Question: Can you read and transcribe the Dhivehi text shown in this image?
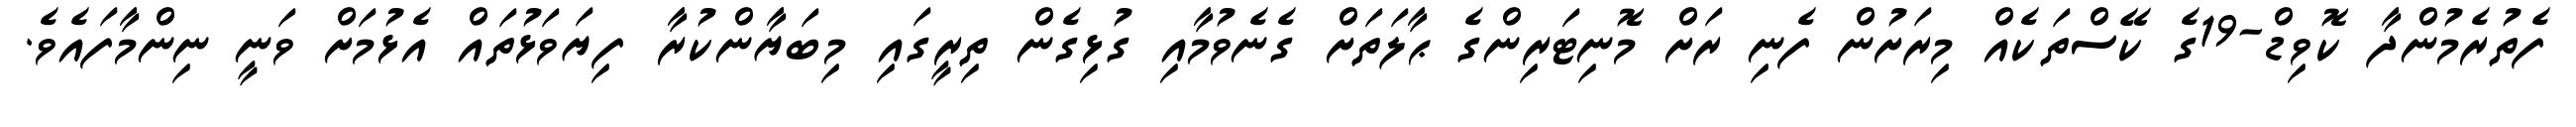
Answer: ފެތުރެމުންދާ ކޮވިޑް-19ގެ ކޭސްތަކެއް މިރަށުން ފެނި ރަށް މޮނިޓަރިންގެ ޙާލަތަށް ގެނެވުމާއި ގުޅިގެން ތިރީގައި މިބަޔާންކުރާ ފިޔަވަޅުތައް އެޅުމަށް ވަނީ ނިންމާފައެވެ.